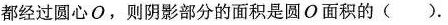
都经过圆心O，则阴影部分的面积是圆O面积的（）。